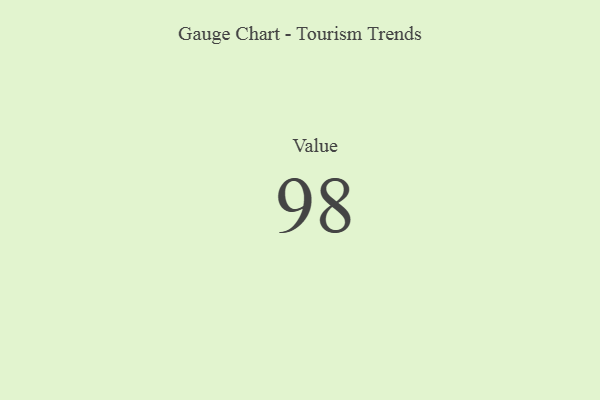
{"axis": {"x": "Metric", "y": "Value"}, "legend": [""], "data": [{"x": "Value", "y": 98, "type": ""}]}